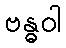
ဗန္ဓဝါ